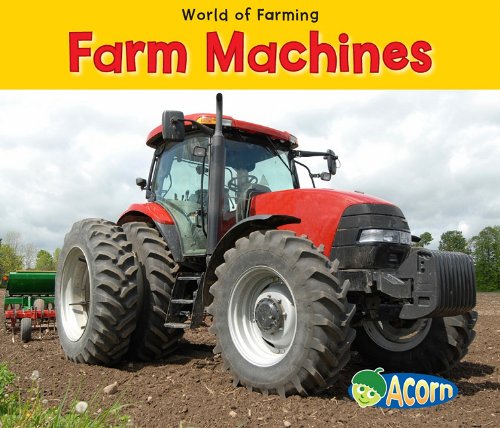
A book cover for Farm Machines (World of Farming); Nancy Dickmann; Children's Books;